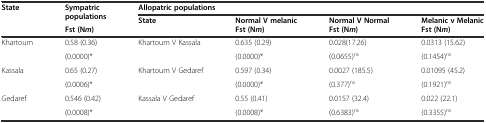
<table><thead><tr><td rowspan="2"><b>State</b></td><td rowspan="2"><b>Sympatric populations</b></td><td colspan="4"><b>Allopatric populations</b></td></tr><tr><td rowspan="2"><b>State</b></td><td><b>Normal V melanic</b></td><td><b>Normal V Normal</b></td><td><b>Melanic v Melanic</b></td></tr><tr><td></td><td><b>Fst (N <i>m</i>)</b></td><td><b>Fst (N <i>m</i>)</b></td><td><b>Fst (N <i>m</i>)</b></td><td><b>Fst (N <i>m</i>)</b></td></tr></thead><tbody><tr><td rowspan="2">Khartoum</td><td>0.58 (0.36)</td><td rowspan="2">Khartoum V Kassala</td><td>0.635 (0.29)</td><td>0.028(17.26)</td><td>0.0313 (15.62)</td></tr><tr><td>(0.0000)*</td><td>(0.0000)*</td><td>(0.0655)<sup>ns</sup></td><td>(0.1454)<sup>ns</sup></td></tr><tr><td rowspan="2">Kassala</td><td>0.65 (0.27)</td><td rowspan="2">Khartoum V Gedaref</td><td>0.597 (0.34)</td><td>0.0027 (185.5)</td><td>0.01095 (45.2)</td></tr><tr><td>(0.0006)*</td><td>(0.0000)*</td><td>(0.377)<sup>ns</sup></td><td>(0.1921)<sup>ns</sup></td></tr><tr><td rowspan="2">Gedaref</td><td>0.546 (0.42)</td><td rowspan="2">Kassala V Gedaref</td><td>0.55 (0.41)</td><td>0.0157 (32.4)</td><td>0.022 (22.1)</td></tr><tr><td>(0.0008)*</td><td>(0.0008)*</td><td>(0.6383)<sup>ns</sup></td><td>(0.3355)<sup>ns</sup></td></tr></tbody></table>